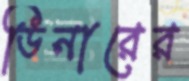
ডিনারের